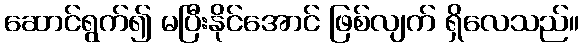
ဆောင်ရွက်၍ မပြီးနိုင်အောင် ဖြစ်လျက် ရှိလေသည်။